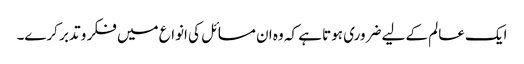
ایک عالم کے لیے ضروری ہوتا ہے کہ وہ ان مسائل کی انواع میں فکر و تدبر کرے۔